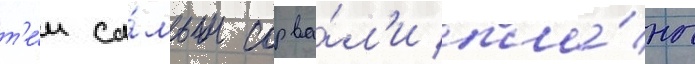
т'е́м са́мым сорва́л'и пла́ны